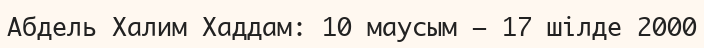
Абдель Халим Хаддам: 10 маусым — 17 шілде 2000